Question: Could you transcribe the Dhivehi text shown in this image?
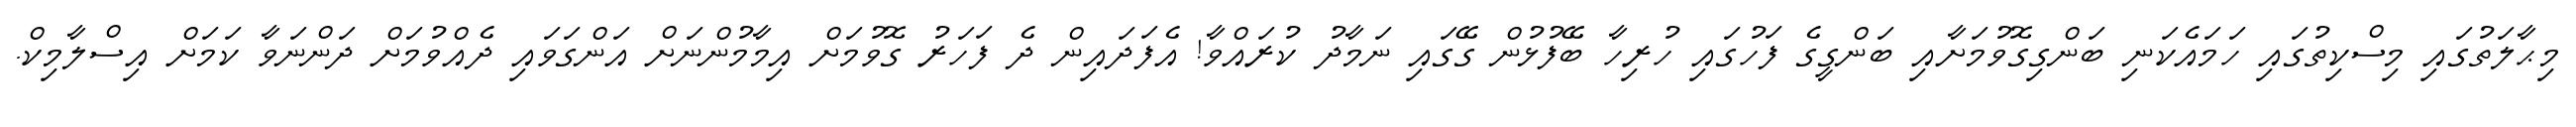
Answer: މިޙާލަތުގައި މިސްކިތުގައި ހަމައެކަނި ބަންގިގޮވުމަށާއި ބަންގީގެ ފަހުގައި ހުރިހާ ބޭފުޅުން ގޭގައި ނަމާދު ކުރައްވާ! އެފަދައިން ދެ ފަހަރު ގޮވުމަށް އިމާމުންނަށް އަންގަވައި ދެއްވުމަށް ދަންނަވާ ކަމަށް އިސްލާމިކް.